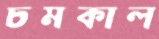
চমকাল